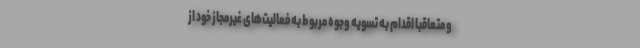
و متعاقباً اقدام به تسویه وجوه مربوط به فعالیت‌های غیرمجاز خود از